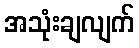
အသုံးချလျက်